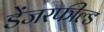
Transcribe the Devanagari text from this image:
डेंजरफील्ड